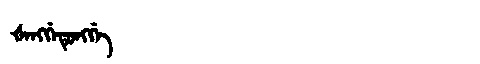
Manchu: ᡧᡝᠩᡤᡝᡨᡠᠩᡤᡝ
Romanization: ŠENGGETUNGGE